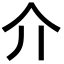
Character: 介